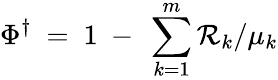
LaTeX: \Phi^{\dagger}\ =\ 1\ -\ \sum_{k=1}^{m}\mathcal{R}_{k}/\mu_{k}